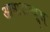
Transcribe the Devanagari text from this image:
आमारान्थूस्